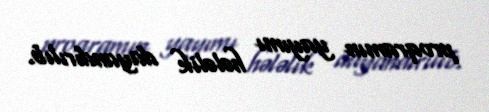
proqramın yayımı hələlik dayandırılıb.